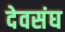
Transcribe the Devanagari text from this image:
देवसंघ